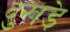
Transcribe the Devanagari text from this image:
दुखड़े